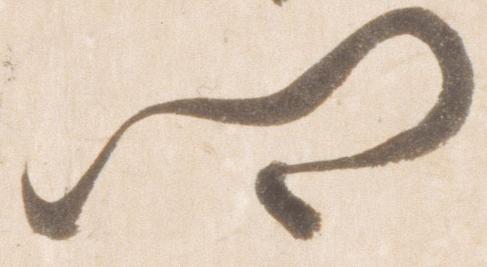
郷